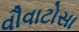
વૌવાટોસા